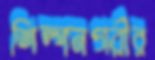
শিল্পনগরীর